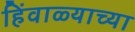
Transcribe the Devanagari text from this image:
हिंवाळ्याच्या